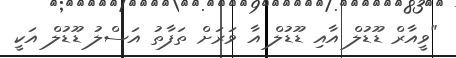
"ވީއާރް ޑޫޑުލް އާއި ޑޫޑުލް އާ ވަރަށް ތަފާތު އަސްލު ޑޫޑުލް އަކީ